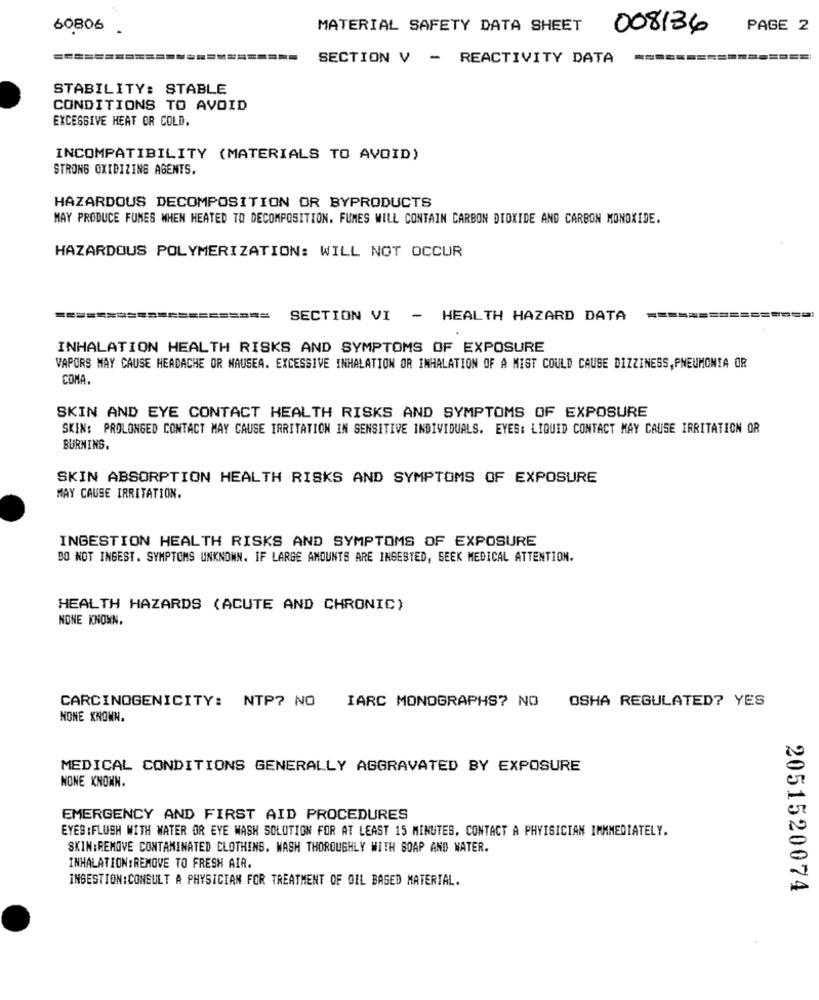
60806 .
MATERIAL SAFETY DATA SHEET
008136
PAGE 2
SECTION V - REACTIVITY DATA
STABILITY: STABLE
CONDITIONS TO AVOID
EXCESSIVE HEAT OR COLD.
INCOMPATIBILITY (MATERIALS TO AVOID)
STRONG OXIDIZING AGENTS.
HAZARDOUS DECOMPOSITION OR BYPRODUCTS
MAY PRODUCE FUMES WHEN HEATED TO DECOMPOSITION. FUMES WILL CONTAIN CARBON DIOXIDE AND CARBON MONOXIDE.
HAZARDOUS POLYMERIZATION: WILL NOT OCCUR
======
SECTION VI - HEALTH HAZARD DATA
INHALATION HEALTH RISKS AND SYMPTOMS OF EXPOSURE
VAPORS MAY CAUSE HEADACHE OR NAUSEA. EXCESSIVE INHALATION OR INHALATION OF A MIST COULD CAUSE DIZZINESS, PNEUMONIA OR
COMA
SKIN AND EYE CONTACT HEALTH RISKS AND SYMPTOMS OF EXPOSURE
SKIN: PROLONGED CONTACT MAY CAUSE IRRITATION IN SENSITIVE INDIVIDUALS. EYES: LIQUID CONTACT MAY CAUSE IRRITATION OR
BURNING.
SKIN ABSORPTION HEALTH RISKS AND SYMPTOMS OF EXPOSURE
MAY CAUSE IRRITATION.
INGESTION HEALTH RISKS AND SYMPTOMS OF EXPOSURE
DO NOT INGEST. SYMPTOMS UNKNOWN. IF LARGE AMOUNTS ARE INGESTED, SEEK MEDICAL ATTENTION.
HEALTH HAZARDS (ACUTE AND CHRONIC)
NONE KNOWN.
CARCINOGENICITY: NTP? NO IARC MONOGRAPHS? NO OSHA REGULATED? YES
NONE KNOWN.
MEDICAL CONDITIONS GENERALLY AGGRAVATED BY EXPOSURE
NONE KNOWN.
EMERGENCY AND FIRST AID PROCEDURES
EYES :FLUSH WITH WATER OR EYE WASH SOLUTION FOR AT LEAST 15 MINUTES. CONTACT A PHYSICIAN IMMMEDIATELY.
SKIN:REMOVE CONTAMINATED CLOTHING. WASH THOROUGHLY WITH SOAP AND WATER.
INHALATION:REMOVE TO FRESH AIR.
INGESTION:CONSULT A PHYSICIAN FOR TREATMENT OF OIL BASED MATERIAL.
2051520074